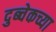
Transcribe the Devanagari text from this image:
दुब्चेकच्या